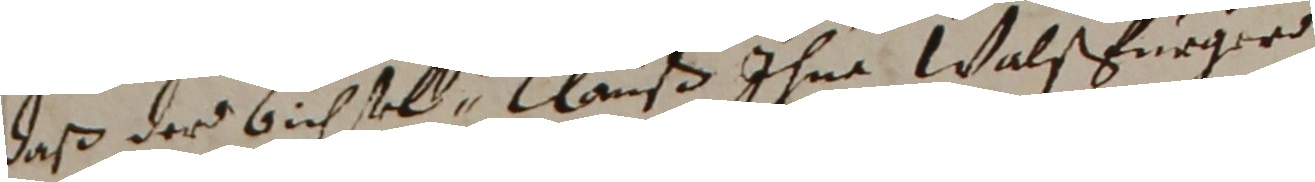
daß der bichstel Clauß ihne Walßfurger